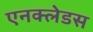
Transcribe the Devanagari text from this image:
एनक्लेडस